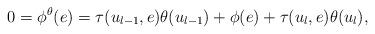
LaTeX: \begin{align*}0 = \phi^\theta(e) = \tau(u_{l-1},e)\theta(u_{l-1}) + \phi(e) + \tau(u_l,e)\theta(u_l), \end{align*}